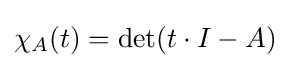
\chi _{A}(t)=\det(t\cdot I-A)